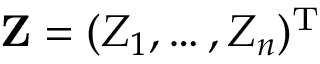
\mathbf { Z } = ( Z _ { 1 } , \ldots , Z _ { n } ) ^ { \mathrm { T } }